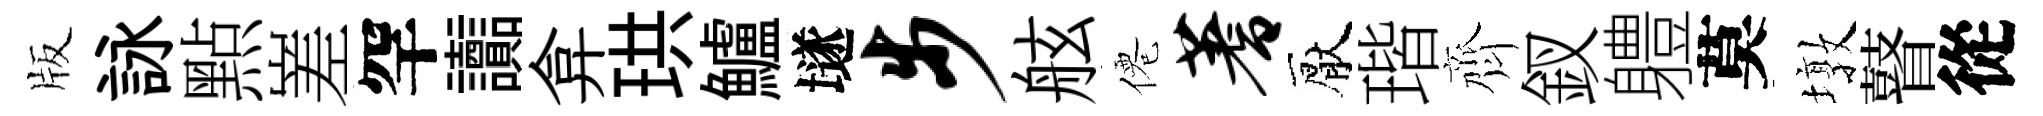
版詠㸃嵳罕讟弇珙鱸𡑞步舷僊蓍厭瑎齊釵軆莫墩瞽從